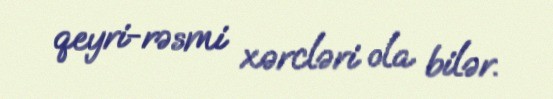
qeyri-rəsmi xərcləri ola bilər.